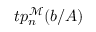
t p _ { n } ^ { \mathcal { M } } ( { \boldsymbol { b } } / A )